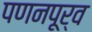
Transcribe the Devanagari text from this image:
पणनपूर्व